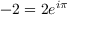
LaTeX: - 2 = 2 e ^ { i \pi }